Bréfritari: Einar Ásmundsson
Viðtakandi: Jón Borgfirðings Jónsson
Dagsetning: A-1860-02-16
Skrifað á: Nesi  S-Þing.

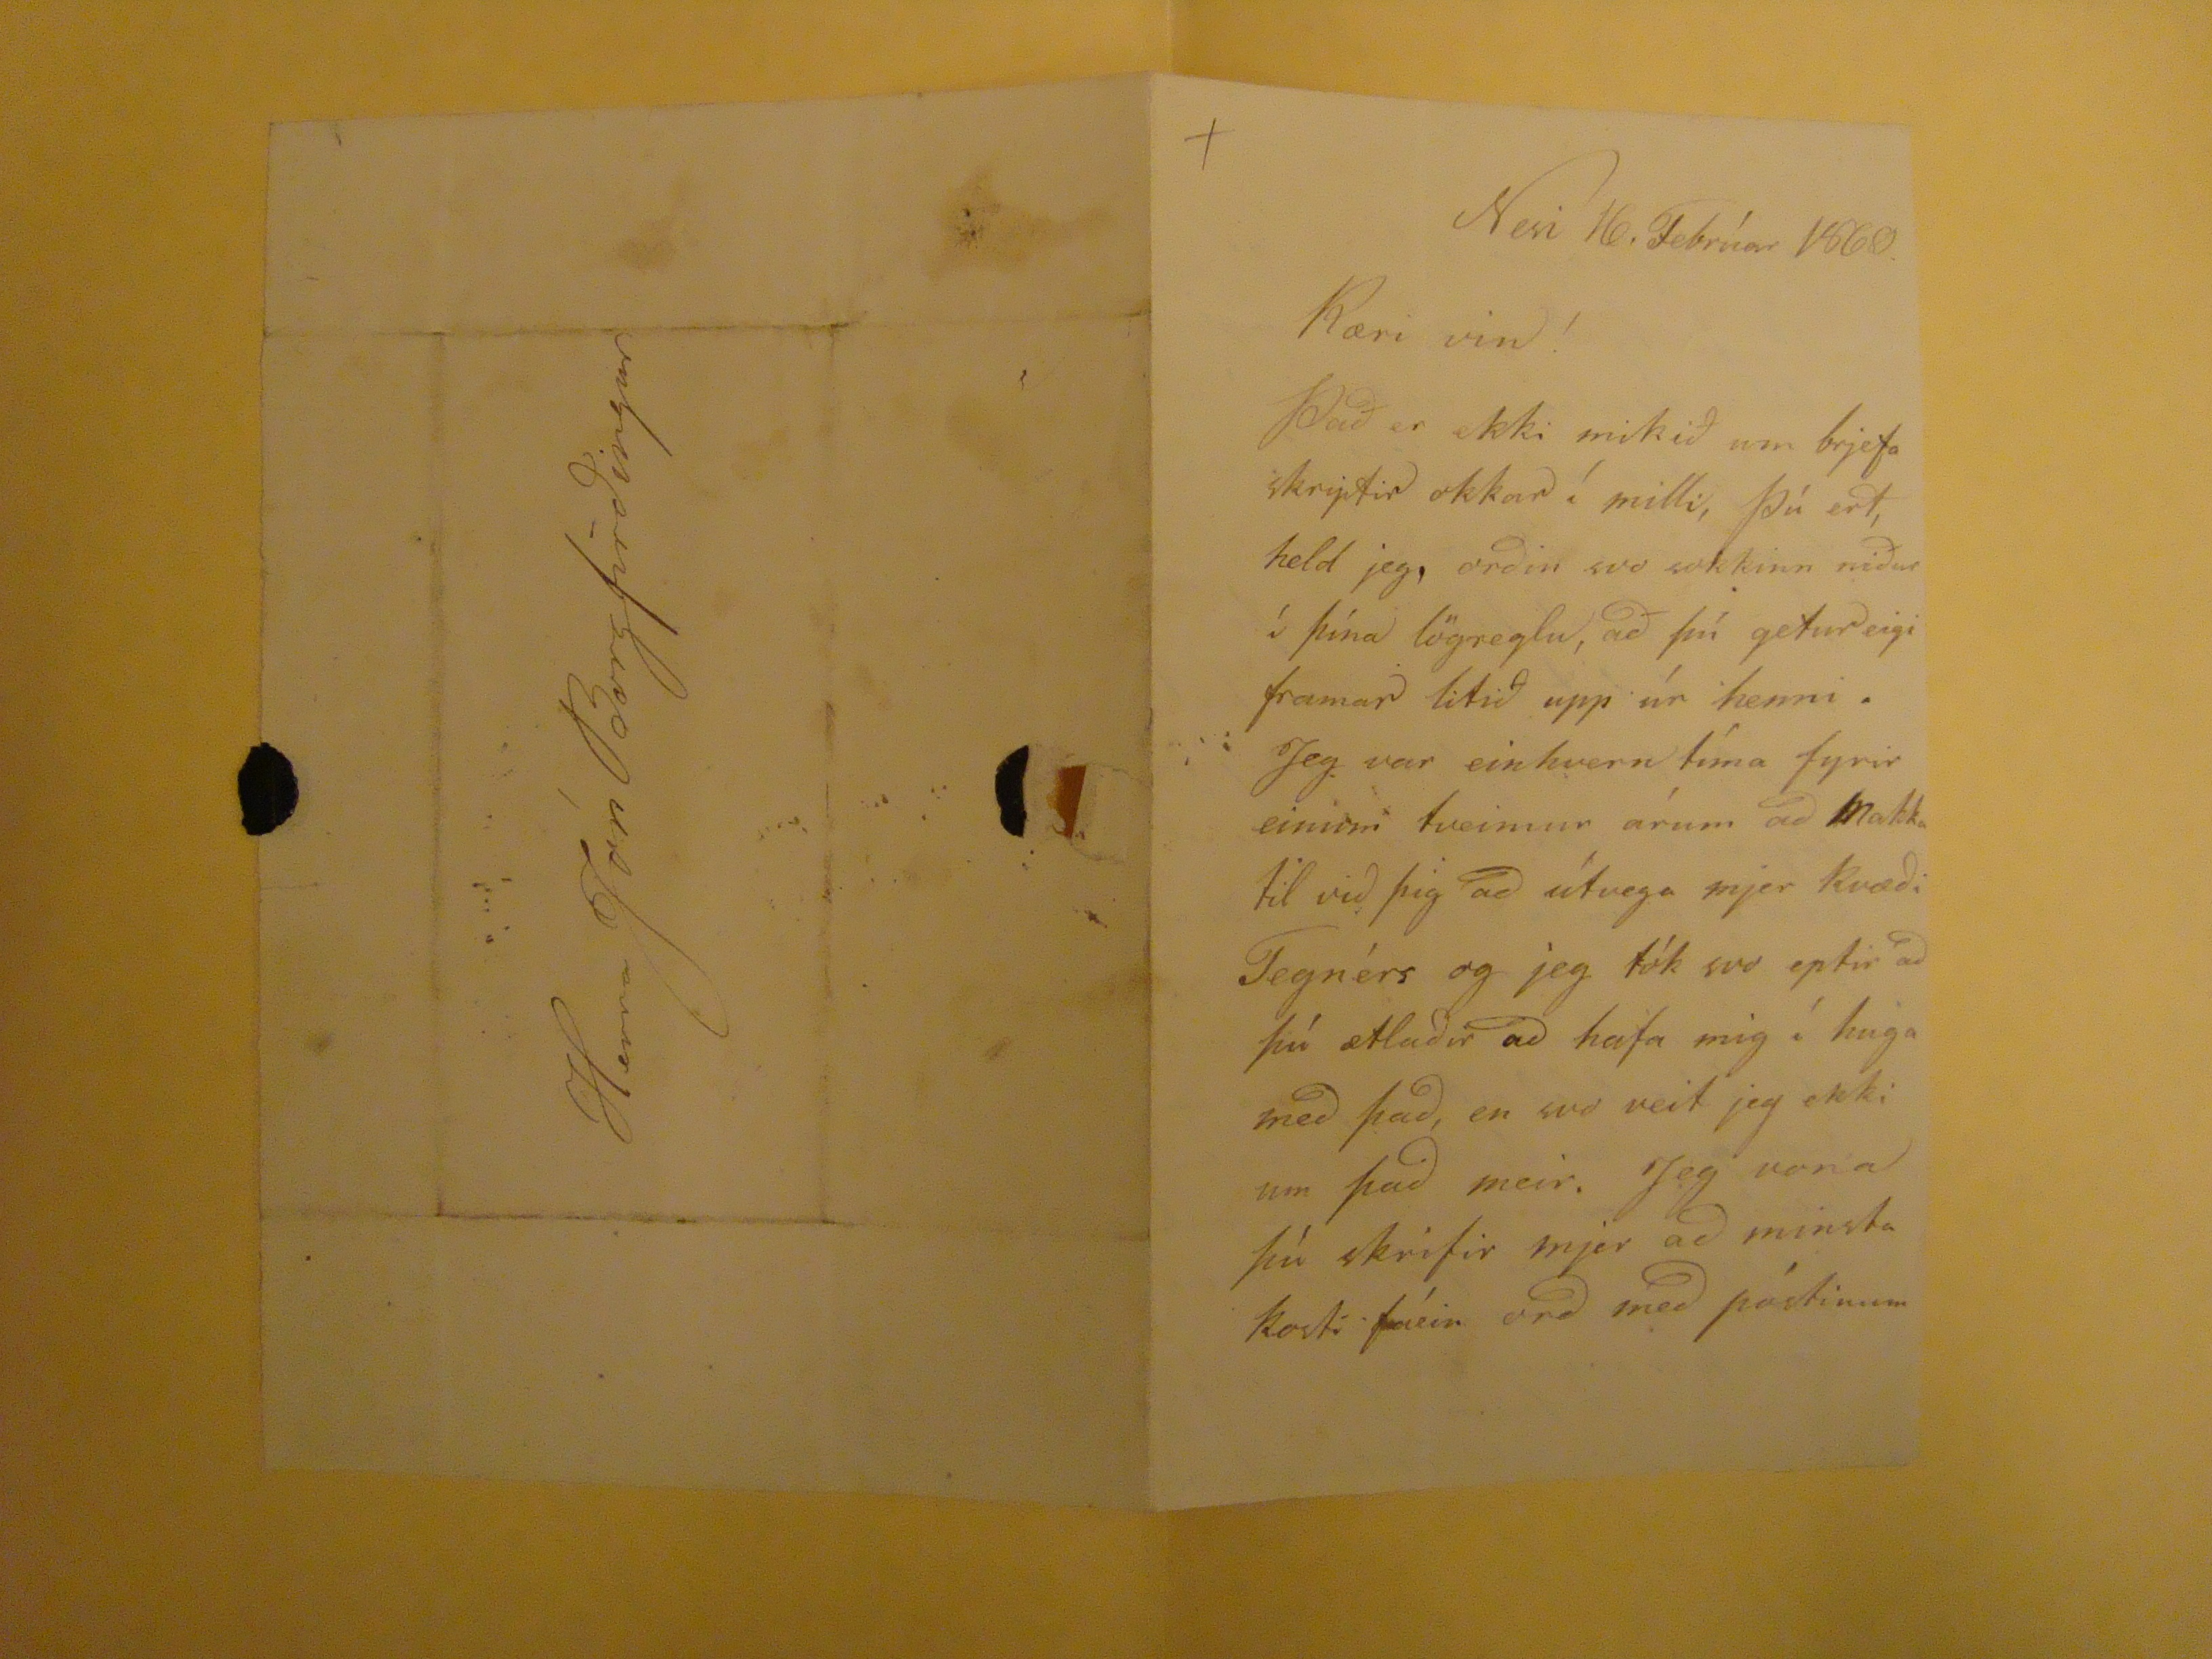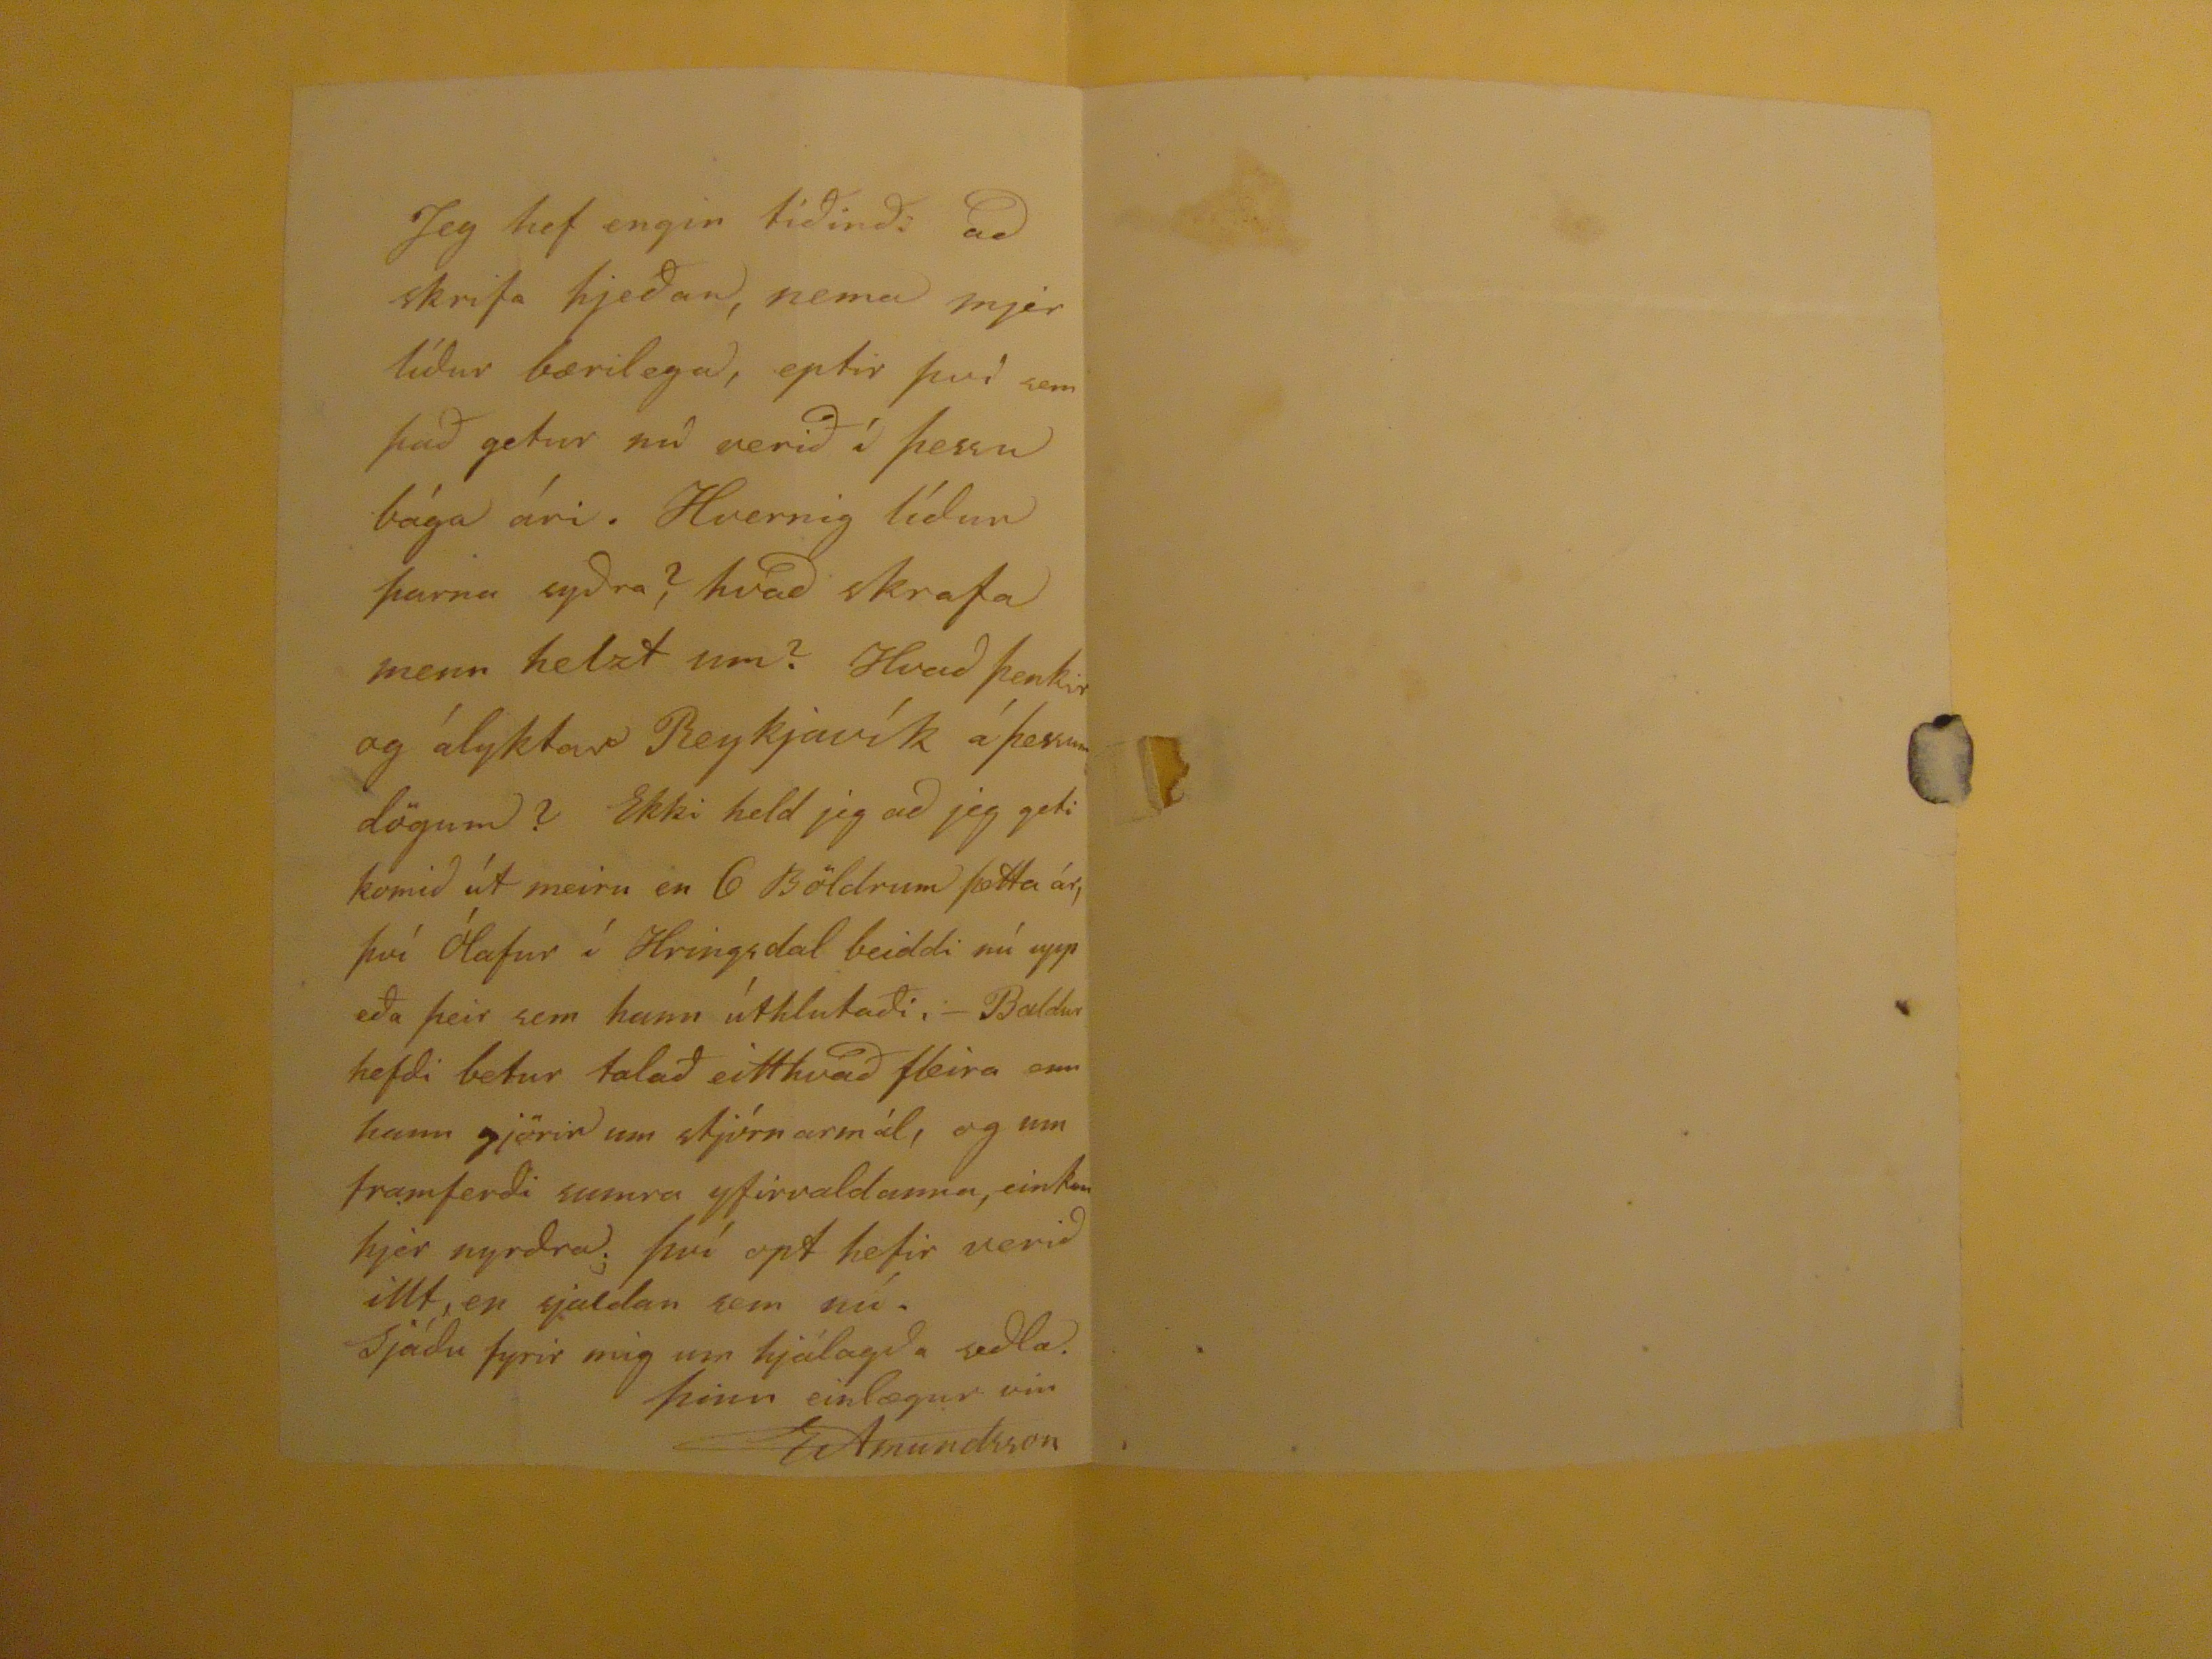

Nesi 16. Febrúar 1860.
Kæri vin!
Það er ekki mikið um brjefa skriftir okkar í milli, þú ert, held jeg, orðin svo sokkin niður í þína lögreglu, að þú getur eigi framar litið upp úr henni. Jeg var einvhern tíma fyrir einum tveimur árum að Makka til við þig að útvega mjer kvæði Tegnérs og jeg tók svo eptir að þú ætlaðir að hafa mig í huga með það, en svo veit jeg ekki um það meir. Jeg vona þú skrifir mjer að minsta kosti fáein orð með póstinum
Jeg hef engin tíðindi að skrifa hjeðan, nema mjer líður bærilega, eptir því sem það getur nú verið í þessu bága ári. hvernig líður þarna syðra? hvað skrafa menn helzt um? Hvað þenkir og ályktar Reykjavík á þessum dögum? Ekki held jeg að jeg geti komið út meiru en 6 Böldrum þetta ár, því Ólafur í Hringsdal beddi nú upp eða þeir sem hann úthluraði.- Baldur hefði betur talað eitthvað fleira enn hann gjörir um stjórnarmál, og um framferði sumra yfirvaldanna, einkum hjer nyrðra; því opt hefir verið illt, en sjaldan sem nú. Sjáðu fyrir mig um hjálagða seðla.
þinn einlægur vin
EÁsmundsson
Herra Jón Borgfírðingur